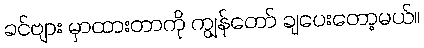
ခင်ဗျား မှာထားတာကို ကျွန်တော် ချပေးတော့မယ်။